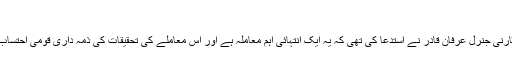
‘‘
اس سے قبل مقدمے کی سماعت کے دوران اٹارنی جنرل عرفان قادر نے استدعا کی تھی کہ یہ ایک انتہائی اہم معاملہ ہے اور اس معاملے کی تحقیقات کی ذمہ داری قومی احتساب بیورو ’نیب‘ یا کسی کمیشن کو سونپی جائے۔